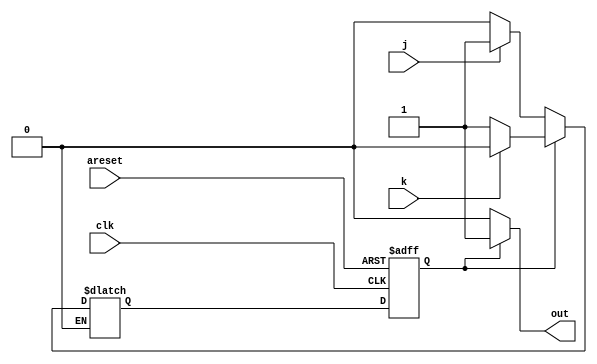
/*
Written by Aditya Wani
Github: https://github.com/25Aditya25
Solution to Sequential Logic -> Finite State Machnes -> Simple_Fsm2_asynchronous_reset
*/
module top_module(
    input clk,
    input areset,    // Asynchronous reset to OFF
    input j,
    input k,
    output out); //  

    parameter OFF=0, ON=1; 
    reg state, next_state;

    always @(*) begin
        // State transition logic
        case(state)
        	OFF:
                if(j==1'b0)
                    begin
                    	next_state<=OFF;
                    end
            	else if(j==1'b1)
                	begin
                		next_state<=ON;
                	end
            ON:
                if(k==1'b0)
                    begin
                    	next_state<=ON;
                    end
            else if(k==1'b1)
                	begin
                		next_state<=OFF;
                	end
        endcase
    end

    always @(posedge clk, posedge areset) begin
        // State flip-flops with asynchronous reset
        if(areset)
            begin
            	state<=OFF;
            end
        else
            begin
            	state<=next_state;
            end
    end

    // Output logic
    assign out = (state == ON)?1'b1:1'b0;

endmodule